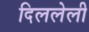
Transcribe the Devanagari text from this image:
दिललेली